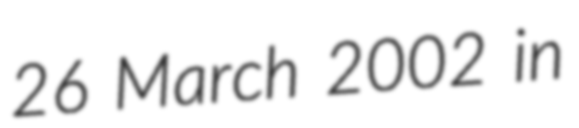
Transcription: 26 March 2002 in